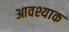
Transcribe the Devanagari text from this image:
आवश्याक